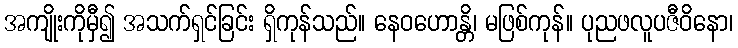
အကျိုးကိုမှီ၍ အသက်ရှင်ခြင်း ရှိကုန်သည်။ နေဝဟောန္တိ၊ မဖြစ်ကုန်။ ပုညဖလူပဇီဝိနော၊